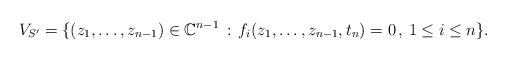
LaTeX: \begin{align*}V_{S^{\prime}}=\{(z_1,\dots,z_{n-1})\in\mathbb C^{n-1}\,:\, f_i(z_1,\dots,z_{n-1},t_n)=0\,,\, 1\leq i \leq n \}.\end{align*}